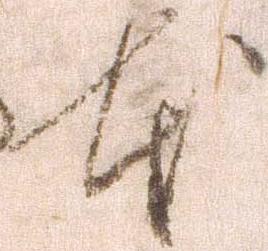
本